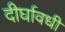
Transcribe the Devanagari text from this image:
दीर्घावधी